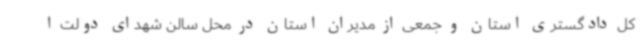
کل دادگستری استان و جمعی از مدیران استان در محل سالن شهدای دولت ا